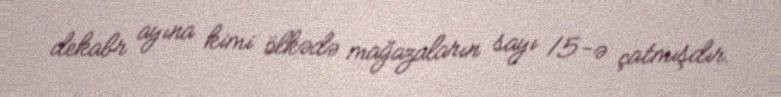
dekabr ayına kimi ölkədə mağazaların sayı 15-ə çatmışdır.